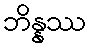
ဘိန္နဿ